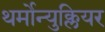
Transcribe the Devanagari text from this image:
थर्मोन्युक्लियर